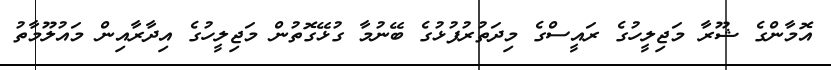
އޮމާންގެ ޝޫރާ މަޖިލީހުގެ ރައީސްގެ މިދަތުރުފުޅުގެ ބޭނުމާ ގުޅޭގޮތުން މަޖިލީހުގެ އިދާރާއިން މައުލޫމާތު